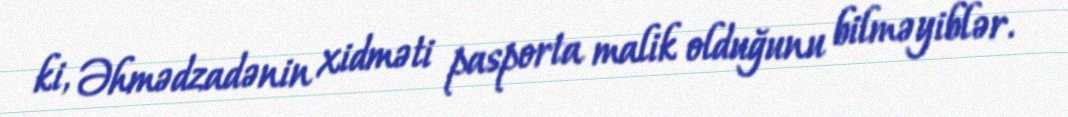
ki, Əhmədzadənin xidməti pasporta malik olduğunu bilməyiblər.